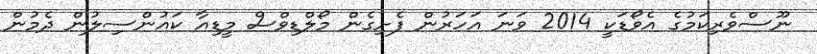
ނޫސްވެރިކަމުގެ އެވޯޑަކީ 2014 ވަނަ އަހަރުން ފެށިގެން މޯލްޑިވްސް މީޑިއާ ކައުންސިލުން ދެމުން